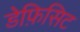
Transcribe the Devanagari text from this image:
डेफ़िसिट